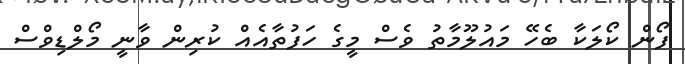
ފޯން ކޯލަކާ ބެހޭ މައުލޫމާތު ވެސް މީގެ ހަފުތާއެއް ކުރިން ވާނީ މޯލްޑިވްސް